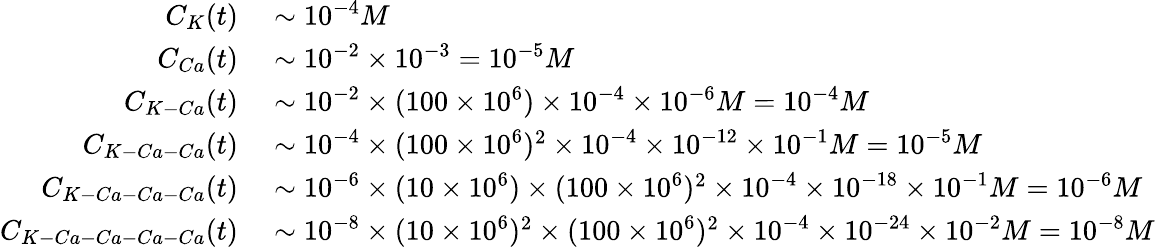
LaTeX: \begin{array}{rl}{C_{K}(t)}&{{}\sim 10^{-4}M}\\ {C_{Ca}(t)}&{{}\sim 10^{-2}\times 10^{-3}=10^{-5}M}\\ {C_{K-Ca}(t)}&{{}\sim 10^{-2}\times(100\times 10^{6})\times 10^{-4}\times 10^{-6}M=10^{-4}M}\\ {C_{K-Ca-Ca}(t)}&{{}\sim 10^{-4}\times(100\times 10^{6})^{2}\times 10^{-4}\times 10^{-12}\times 10^{-1}M=10^{-5}M}\\ {C_{K-Ca-Ca-Ca}(t)}&{{}\sim 10^{-6}\times(10\times 10^{6})\times(100\times 10^{6})^{2}\times 10^{-4}\times 10^{-18}\times 10^{-1}M=10^{-6}M}\\ {C_{K-Ca-Ca-Ca-Ca}(t)}&{{}\sim 10^{-8}\times(10\times 10^{6})^{2}\times(100\times 10^{6})^{2}\times 10^{-4}\times 10^{-24}\times 10^{-2}M=10^{-8}M}\end{array}